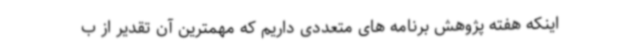
اینکه هفته پژوهش برنامه های متعددی داریم که مهمترین آن تقدیر از ب